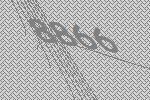
8866